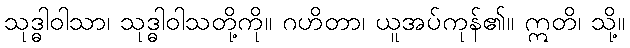
သုဒ္ဓါဝါသာ၊ သုဒ္ဓါဝါသတို့ကို။ ဂဟိတာ၊ ယူအပ်ကုန်၏။ ဣတိ၊ သို့။